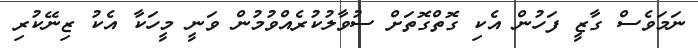
ނަމަވެސް ގާޒީ ފަހުން އެކި ގޮތްގޮތަށް ސުވާލުކުރެއްވުމުން ވަނީ މީހަކާ އެކު ޒިނޭކުރި